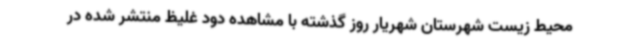
محیط زیست شهرستان شهریار روز گذشته با مشاهده دود غلیظ منتشر شده در